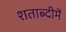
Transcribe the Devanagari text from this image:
शताब्‍दीमें